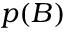
p ( B )